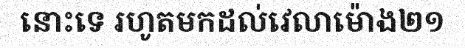
នោះទេ រហូតមកដល់វេលាម៉ោង២១